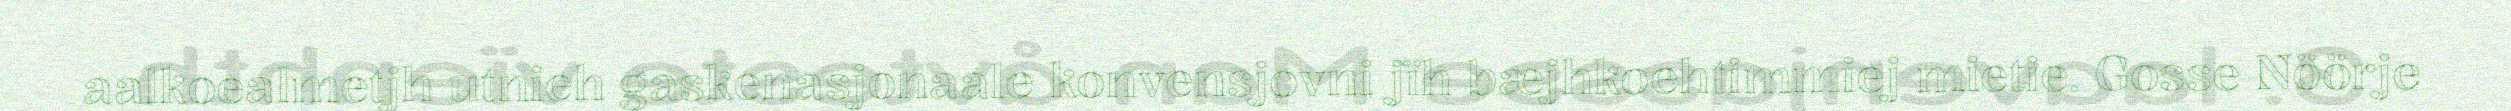
aalkoealmetjh utnieh gaskenasjonaale konvensjovni jïh bæjhkoehtimmiej mietie. Gosse Nöörje